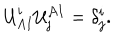
LaTeX: { \cal U } _ { A I } ^ { i } { \cal U } _ { j } ^ { A I } = \delta _ { j } ^ { i } .